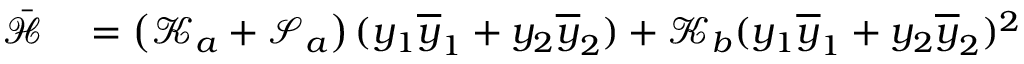
\begin{array} { r l } { \bar { \mathcal { H } } } & { { } = \left( \mathcal { K } _ { a } + \mathcal { S } _ { a } \right) ( y _ { 1 } \overline { { y } } _ { 1 } + y _ { 2 } \overline { { y } } _ { 2 } ) + \mathcal { K } _ { b } ( y _ { 1 } \overline { { y } } _ { 1 } + y _ { 2 } \overline { { y } } _ { 2 } ) ^ { 2 } } \end{array}